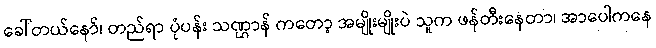
ခေါ်တယ်နော်၊ တည်ရာ ပုံပန်း သဏ္ဌာန် ကတော့ အမျိုးမျိုးပဲ သူက ဖန်တီးနေတာ၊ အာပေါကနေ